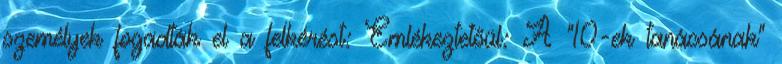
személyek fogadták el a felkérést: Emlékeztetőül: A "10-ek tanácsának"